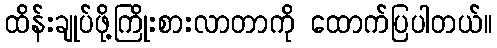
ထိန်းချုပ်ဖို့ကြိုးစားလာတာကို ထောက်ပြပါတယ်။